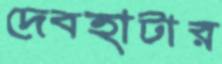
দেবহাটার